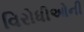
વિરોધીઓની